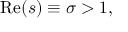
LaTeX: \operatorname { R e } ( s ) \equiv \sigma > 1 ,